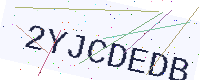
Text: 2YJCDEDB